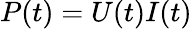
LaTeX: P(t)=U(t)I(t)